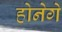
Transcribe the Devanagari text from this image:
होनेगे